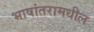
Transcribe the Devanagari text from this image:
भाषांतरामधील